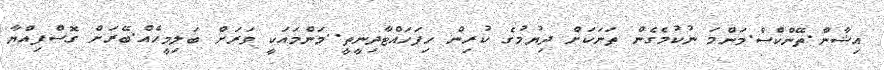
އިޝާން.ތޭންކްސް.މަންމަ ނުކުމެގެން ތަނަކަށް ދިޔުމުގެ ކުރިން ހިފަހައްޓާދިނީތީ..މަންމައަކީ ވަރަށް ބަލިމީހެއް.ބޭރަށް ގޮސްފިއްޔާ